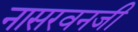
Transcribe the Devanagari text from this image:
नासरवनजी